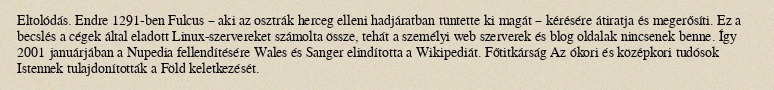
Eltolódás. Endre 1291-ben Fulcus – aki az osztrák herceg elleni hadjáratban tüntette ki magát – kérésére átiratja és megerősíti. Ez a becslés a cégek által eladott Linux-szervereket számolta össze, tehát a személyi web szerverek és blog oldalak nincsenek benne. Így 2001 januárjában a Nupedia fellendítésére Wales és Sanger elindította a Wikipediát. Főtitkárság Az ókori és középkori tudósok Istennek tulajdonították a Föld keletkezését.